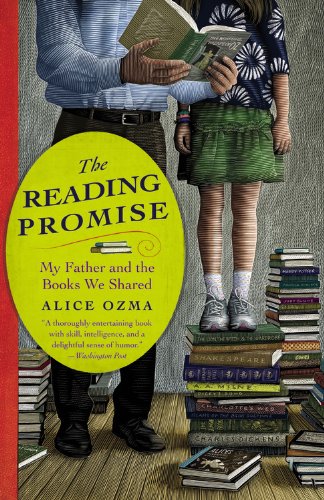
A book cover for The Reading Promise: My Father and the Books We Shared; Alice Ozma; Parenting & Relationships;